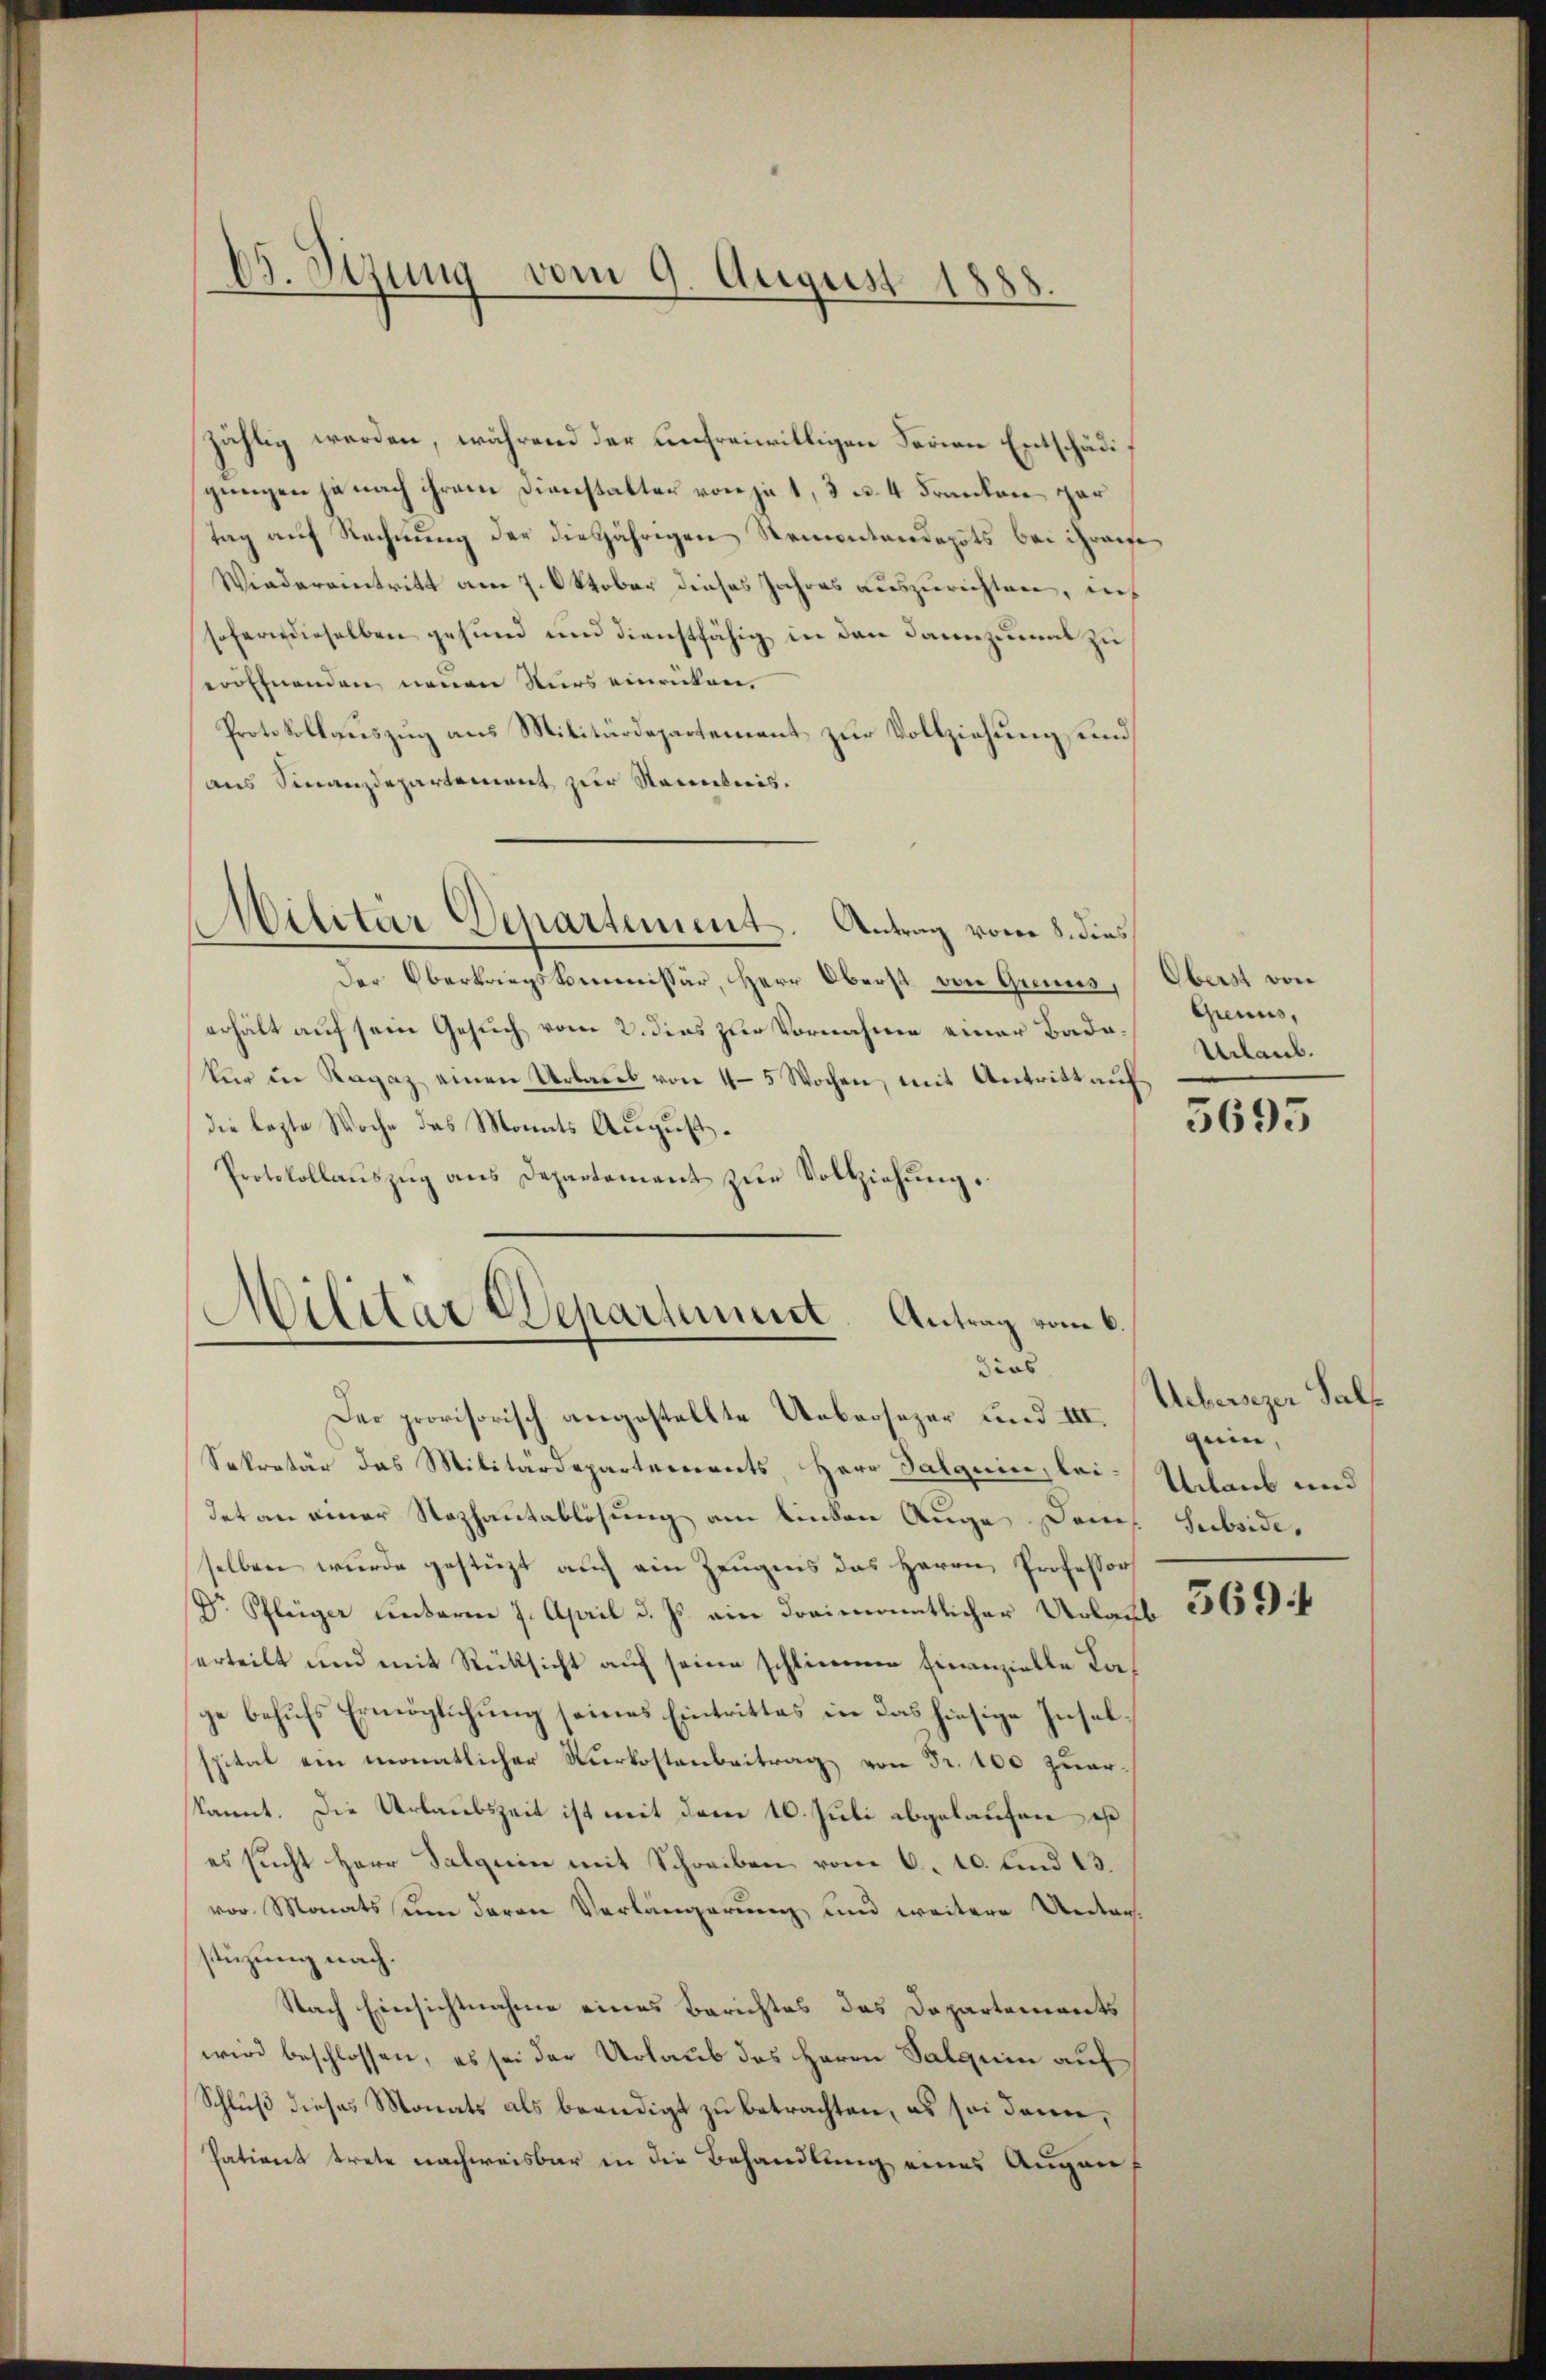
Ed. Sizung vom 9. August 1888.

zählig werden, während der unfreiwilligen Ferien Entschädigungen ja nach ihrem Dienstalter von je 1, 3 u. 4 Franken gar
tag auf Rechnung der diesjährigen Remontandepots bei ihrerse
Wiedereintritt am 7. Oktober dieses Jahres auszurechten, ich
sofern dieselben gesund und dienstfähig in den dannzumal zu
eröffnenden neuen Nurs einrücken,
Protokollauszug aus Militärdepartement zur Vollziehung und
aus Finanzdepartement zur Kenntnis.
Militär Departement. Antrag vom 8. dies
Der Oberkriegskommissär, Herr Oberst von Grenns, Oberst von
erhält auf sein Gesuch vom 2. dies zur Vornahme einer Badokur in Ragaz einen Urlaub von 4-5 Wochen, mit Antritt auf
die lezte Woche das Monats August¬
Protokollaŭszŭg ans Departement zŭr Vollziehŭng.

Militär Departement. Antrag vom 6.
dies

Der provisorisch angestellte Uebersezer und III.
Sekretär das Militärdepartements, Herr Salquin, bei-
det an einer Stephantablösung am linken Auge Dem Subsidiselben wurde gestüzt auch ein Zeugnis das Herrn Professor
Dr. Pflüger unterm 7. April d. Js. ein dreimonatlicher Urlaub
erteilt und mit Rüksicht auf seine schlimmer Finanzielle Kage behufs Ermöglichung seines Eintrittes in das hiesige Inselspital ein monatlicher Kurkostenbeitrag von Fr. 100 zuerkannt. Die Urlaubszeit ist mit dem 10. Juli abgelaufen ist
es sucht Herr Salzeine mit Schreiben vom 6. 10. und 13.
vor Monatssum deren Verlängerung und weitere Unterstüzung nach.
Nach Einsichtnahme eines Berichtes das Departements
wird beschlossen, es sei der Urlaub des Herrn Salquin auf
Schluß dieses Monats als beendigt zu betrachten, es sei dann,
Patient trete nachweisbar in die Behandlung eines Augen

Genus,
Urlaub.

Uebersezer Fals
guin,
Urlaub und

5695

569 f